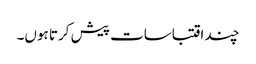
چند اقتباسات پیش کرتا ہوں۔